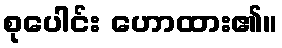
စုပေါင်း ဟောထား၏။